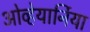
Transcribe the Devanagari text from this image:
ओव्हेयार्निया